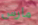
مارس